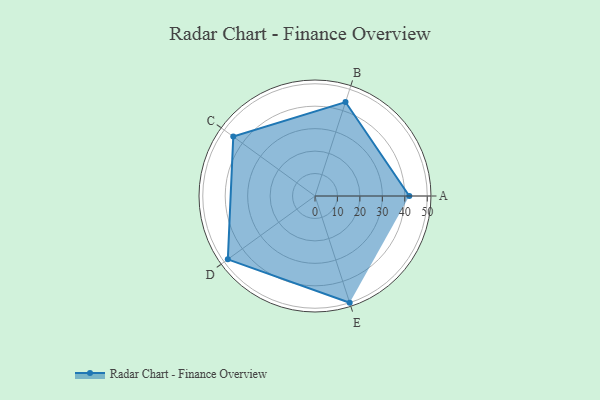
{"axis": {"x": "Skill", "y": "Score"}, "legend": ["Profile"], "data": [{"x": "A", "y": 42.0, "type": "Profile"}, {"x": "B", "y": 44.0, "type": "Profile"}, {"x": "C", "y": 45.0, "type": "Profile"}, {"x": "D", "y": 48.0, "type": "Profile"}, {"x": "E", "y": 50.0, "type": "Profile"}]}